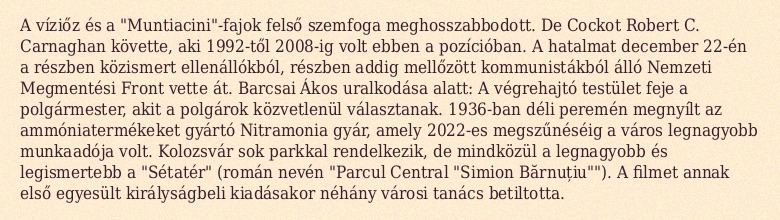
A víziőz és a "Muntiacini"-fajok felső szemfoga meghosszabbodott. De Cockot Robert C. Carnaghan követte, aki 1992-től 2008-ig volt ebben a pozícióban. A hatalmat december 22-én a részben közismert ellenállókból, részben addig mellőzött kommunistákból álló Nemzeti Megmentési Front vette át. Barcsai Ákos uralkodása alatt: A végrehajtó testület feje a polgármester, akit a polgárok közvetlenül választanak. 1936-ban déli peremén megnyílt az ammóniatermékeket gyártó Nitramonia gyár, amely 2022-es megszűnéséig a város legnagyobb munkaadója volt. Kolozsvár sok parkkal rendelkezik, de mindközül a legnagyobb és legismertebb a "Sétatér" (román nevén "Parcul Central "Simion Bărnuțiu""). A filmet annak első egyesült királyságbeli kiadásakor néhány városi tanács betiltotta.